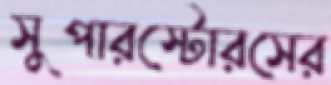
সুপারস্টোরসের